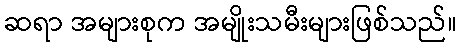
ဆရာ အများစုက အမျိုးသမီးများဖြစ်သည်။